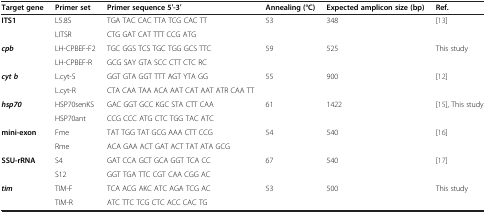
<table><thead><tr><td><b>Target gene</b></td><td><b>Primer set</b></td><td><b>Primer sequence 5′-3′</b></td><td><b>Annealing (°C)</b></td><td><b>Expected amplicon size (bp)</b></td><td><b>Ref.</b></td></tr></thead><tbody><tr><td rowspan="2"><b>ITS1</b></td><td>L5.8S</td><td>TGA TAC CAC TTA TCG CAC TT</td><td rowspan="2">53</td><td rowspan="2">348</td><td rowspan="2">[13]</td></tr><tr><td>LITSR</td><td>CTG GAT CAT TTT CCG ATG</td></tr><tr><td rowspan="2"><b><i>cpb</i></b></td><td>LH-CPBEF-F2</td><td>TGC GGS TCS TGC TGG GCS TTC</td><td rowspan="2">59</td><td rowspan="2">525</td><td rowspan="2">This study</td></tr><tr><td>LH-CPBEF-R</td><td>GCG SAY GTA SCC CTT CTC RC</td></tr><tr><td rowspan="2"><b><i>cyt b</i></b></td><td>L.cyt-S</td><td>GGT GTA GGT TTT AGT YTA GG</td><td rowspan="2">55</td><td rowspan="2">900</td><td rowspan="2">[12]</td></tr><tr><td>L.cyt-R</td><td>CTA CAA TAA ACA AAT CAT AAT ATR CAA TT</td></tr><tr><td rowspan="2"><b><i>hsp70</i></b></td><td>HSP70senKS</td><td>GAC GGT GCC KGC STA CTT CAA</td><td rowspan="2">61</td><td rowspan="2">1422</td><td rowspan="2">[15], This study</td></tr><tr><td>HSP70ant</td><td>CCG CCC ATG CTC TGG TAC ATC</td></tr><tr><td rowspan="2"><b>mini-exon</b></td><td>Fme</td><td>TAT TGG TAT GCG AAA CTT CCG</td><td rowspan="2">54</td><td rowspan="2">540</td><td rowspan="2">[16]</td></tr><tr><td>Rme</td><td>ACA GAA ACT GAT ACT TAT ATA GCG</td></tr><tr><td rowspan="2"><b>SSU-rRNA</b></td><td>S4</td><td>GAT CCA GCT GCA GGT TCA CC</td><td rowspan="2">67</td><td rowspan="2">540</td><td rowspan="2">[17]</td></tr><tr><td>S12</td><td>GGT TGA TTC CGT CAA CGG AC</td></tr><tr><td rowspan="2"><b><i>tim</i></b></td><td>TIM-F</td><td>TCA ACG AKC ATC AGA TCG AC</td><td rowspan="2">53</td><td rowspan="2">500</td><td rowspan="2">This study</td></tr><tr><td>TIM-R</td><td>ATC TTC TCG CTC ACC CAC TG</td></tr></tbody></table>